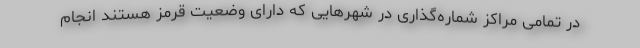
در تمامی مراکز شماره‌گذاری در شهرهایی که دارای وضعیت قرمز هستند انجام